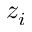
z _ { i }